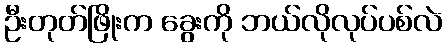
ဦးတုတ်ဖြိုးက ခွေးကို ဘယ်လိုလုပ်ပစ်လဲ